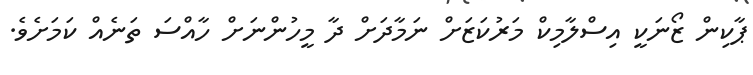
ޕާކިން ޒޯނަކީ އިސްލާމިކް މަރުކަޒަށް ނަމާދަށް ދާ މީހުންނަށް ހާއްސަ ތަނެއް ކަމަށެވެ.